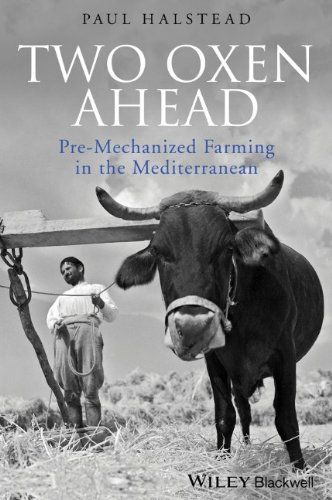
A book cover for Two Oxen Ahead: Pre-Mechanized Farming in the Mediterranean; Paul Halstead; Science & Math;